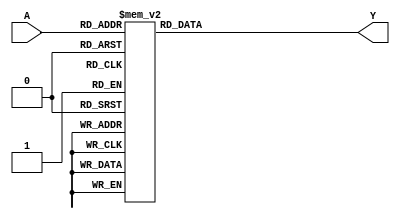
module print(A,Y);
input [3:0] A;
output reg[6:0]Y;

always @(*)
begin
	case(A)
	4'b0000:Y=7'b1111110;
	4'b0001:Y=7'b0110000;
	4'b0010:Y=7'b1101101;
	4'b0011:Y=7'b1111001;
	4'b0100:Y=7'b0110011;
	4'b0101:Y=7'b1011011;
	4'b0110:Y=7'b1011111;
	4'b0111:Y=7'b1110000;
	4'b1000:Y=7'b1111111;
	4'b1001:Y=7'b1111011;
	4'b1010:Y=7'b1110111;
	4'b1011:Y=7'b1101101;
	4'b1100:Y=7'b1001110;
	4'b1101:Y=7'b1111110;
	4'b1110:Y=7'b1001111;
	4'b1111:Y=7'b1000111;
	endcase
end

endmodule